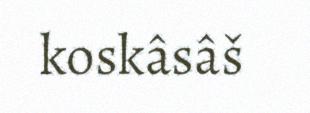
koskâsâš